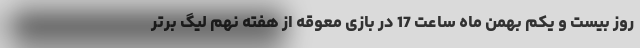
روز بیست و یکم بهمن ماه ساعت 17 در بازی معوقه از هفته نهم لیگ برتر